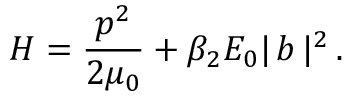
H = \frac { \boldsymbol { p } ^ { 2 } } { 2 \mu _ { 0 } } + { \beta _ { 2 } { \cal E } _ { 0 } } | \, b \, | ^ { 2 } \, .